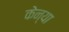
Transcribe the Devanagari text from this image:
केन्‍या